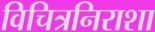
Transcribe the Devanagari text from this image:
विचित्रनिराशा